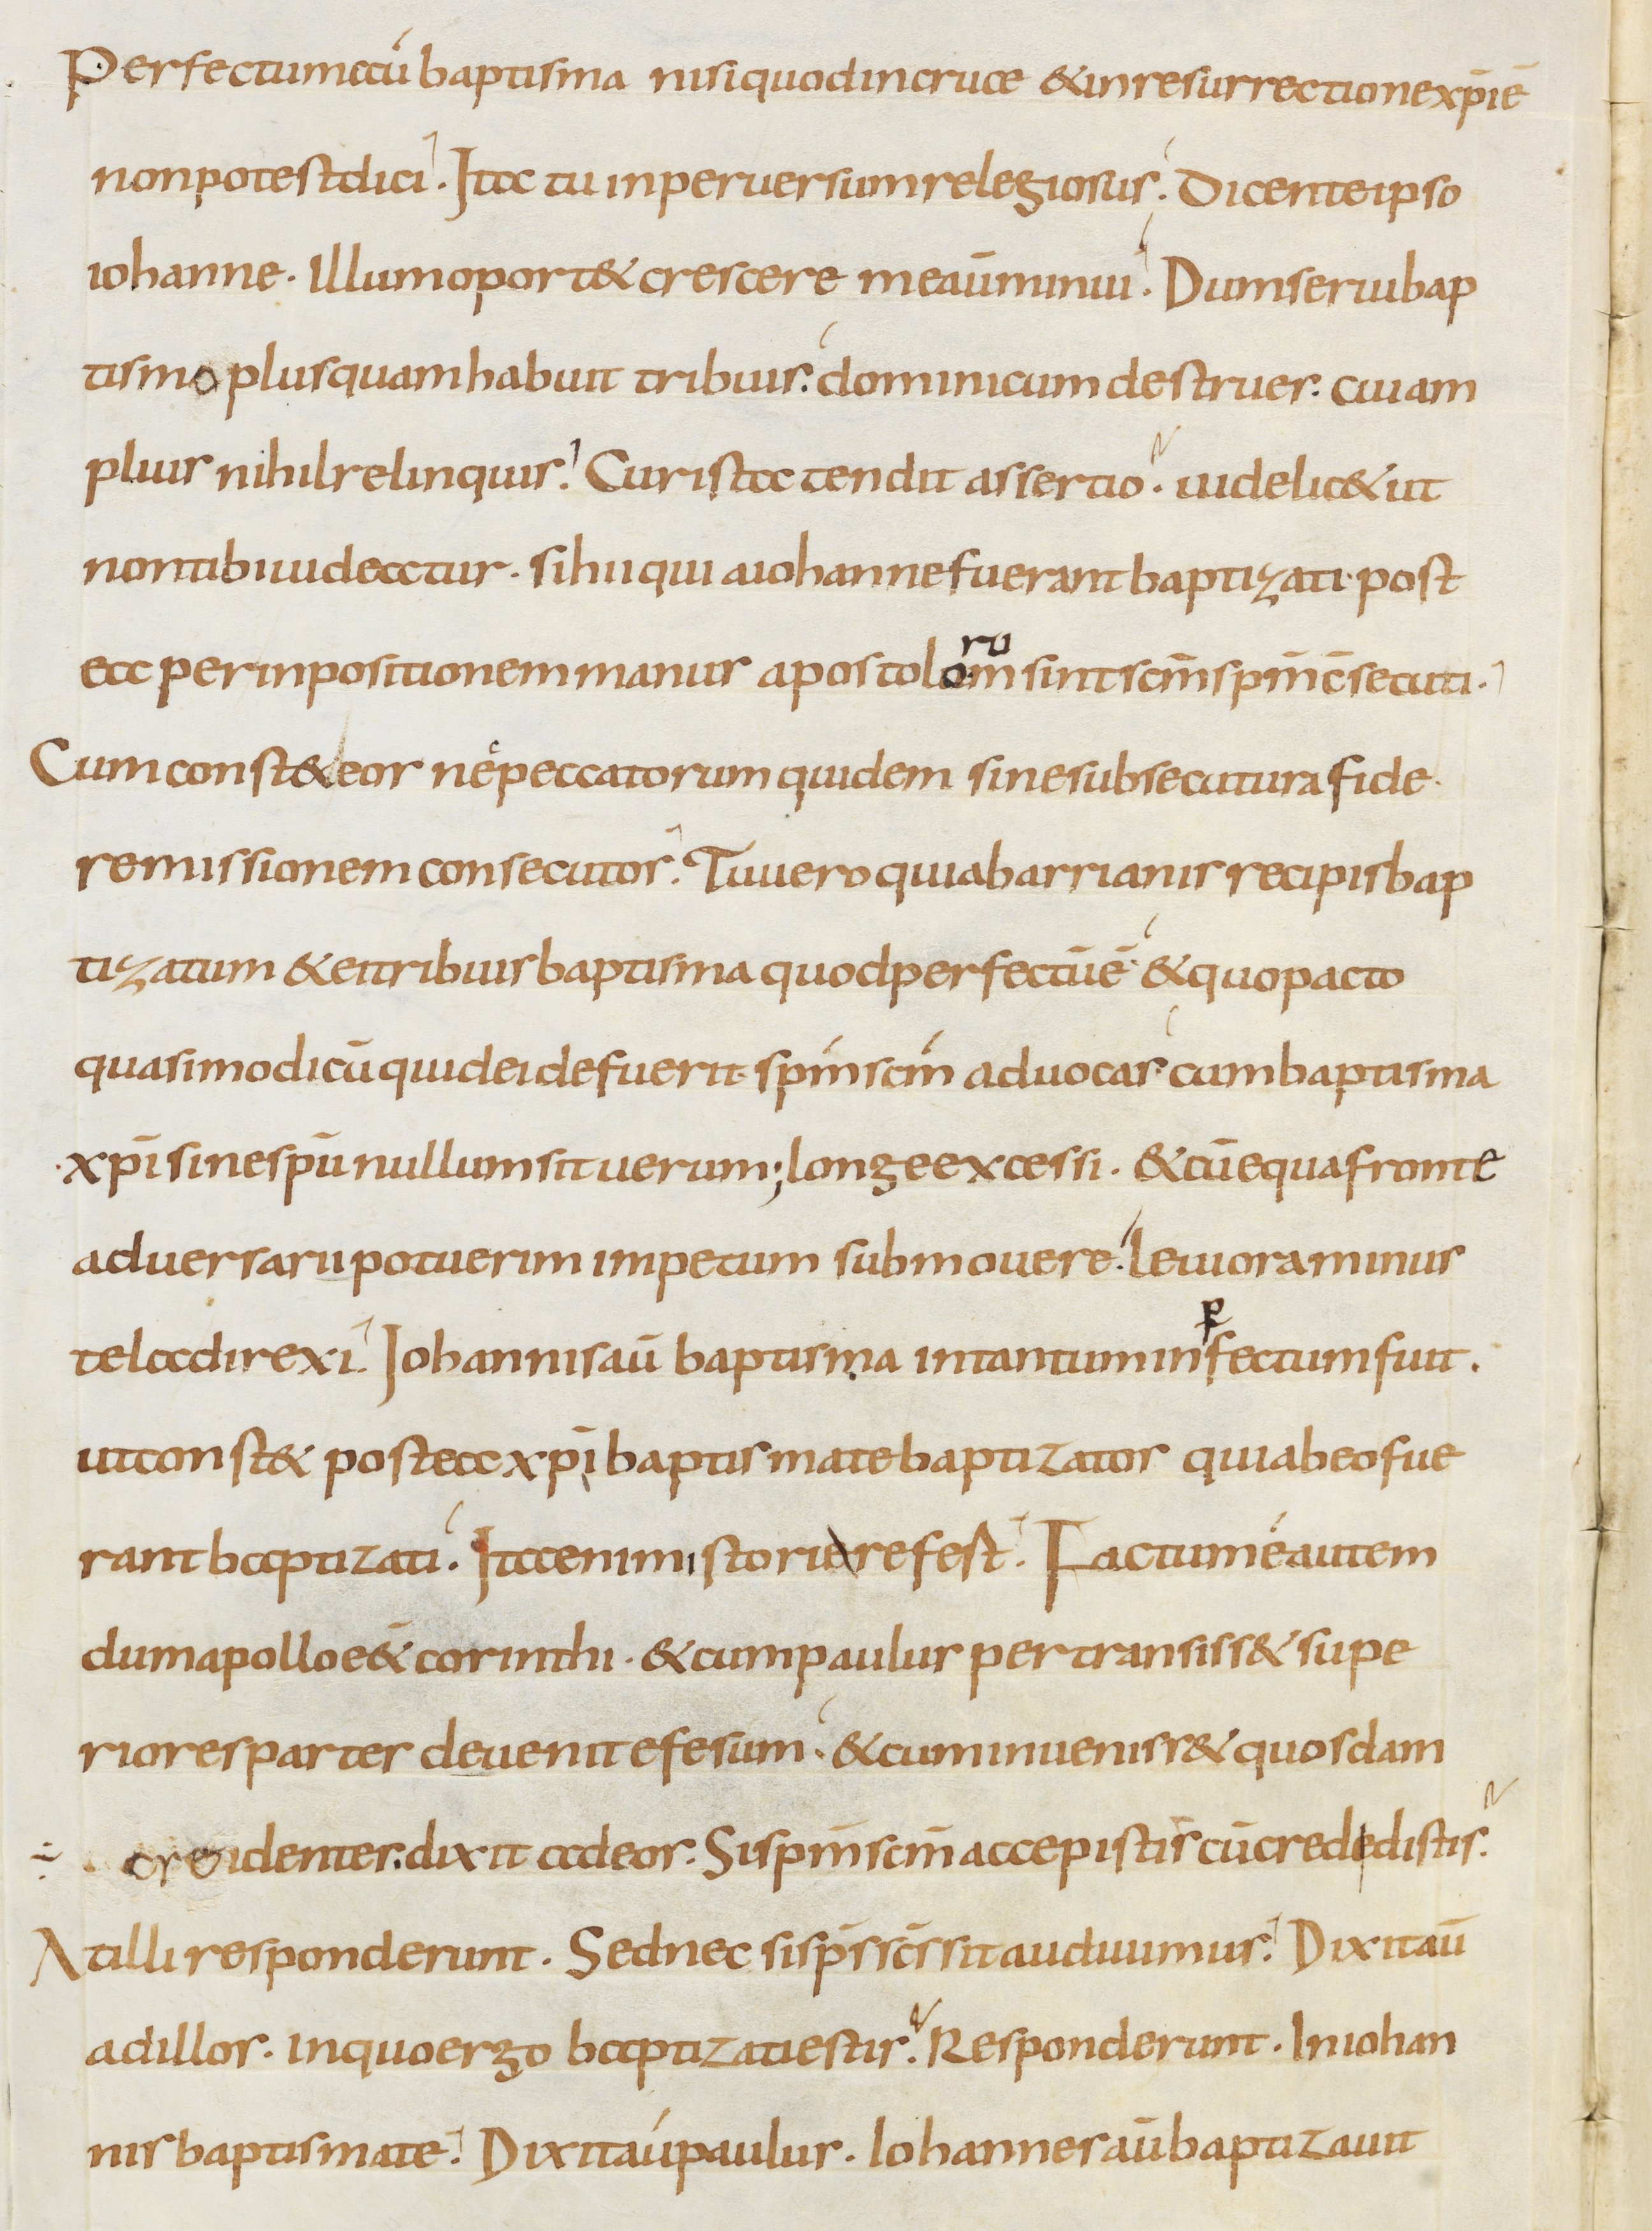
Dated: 800–899